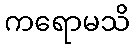
ကရောမသိ